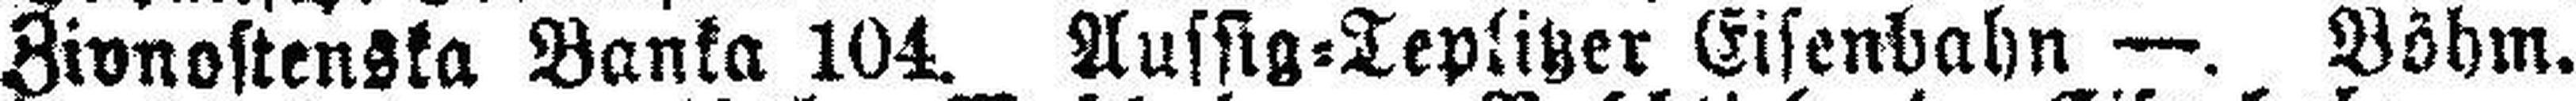
Zivnostenska Banka 104. Aussig=Teplitzer Eisenbahn —. Böhm.